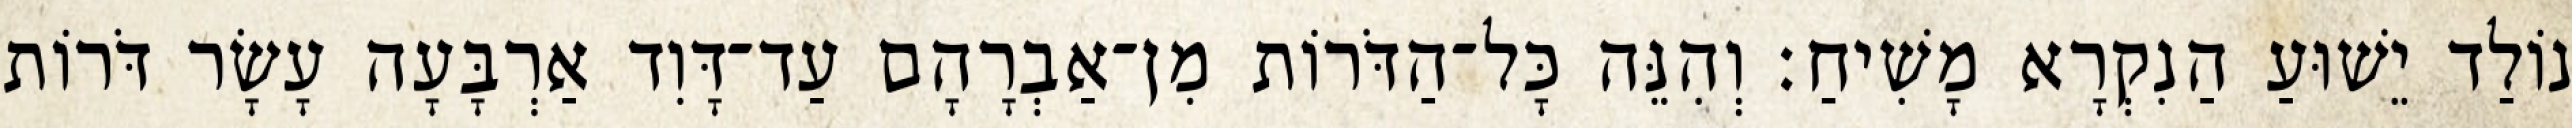
נוֹלַד יֵשׁוּעַ הַנִקְרָא מָשִׁיחַ׃ וְהִנֵּה כָּל־הַדֹּרוֹת מִן־אַבְרָהָם עַד־דָּוִד אַרְבָּעָה עָשָׂר דֹּרוֹת